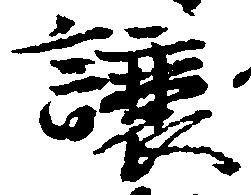
譲